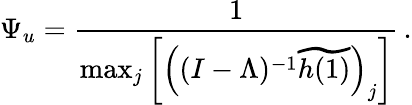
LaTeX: \Psi_{u}=\frac{1}{\operatorname*{max}_{j}\bigg[\Big((I-\Lambda)^{-1}\widetilde{h(1)}\Big)_{j}\bigg]}\, .